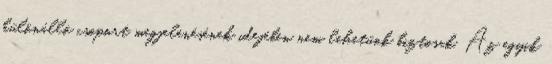
különálló csoport megjelenésének idejében nem lehetünk biztosak. Az egyik